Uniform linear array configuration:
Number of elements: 24
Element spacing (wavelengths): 1
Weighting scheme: hamming
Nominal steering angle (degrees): -30
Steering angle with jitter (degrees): -30.789
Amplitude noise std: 0.05
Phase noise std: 0.05

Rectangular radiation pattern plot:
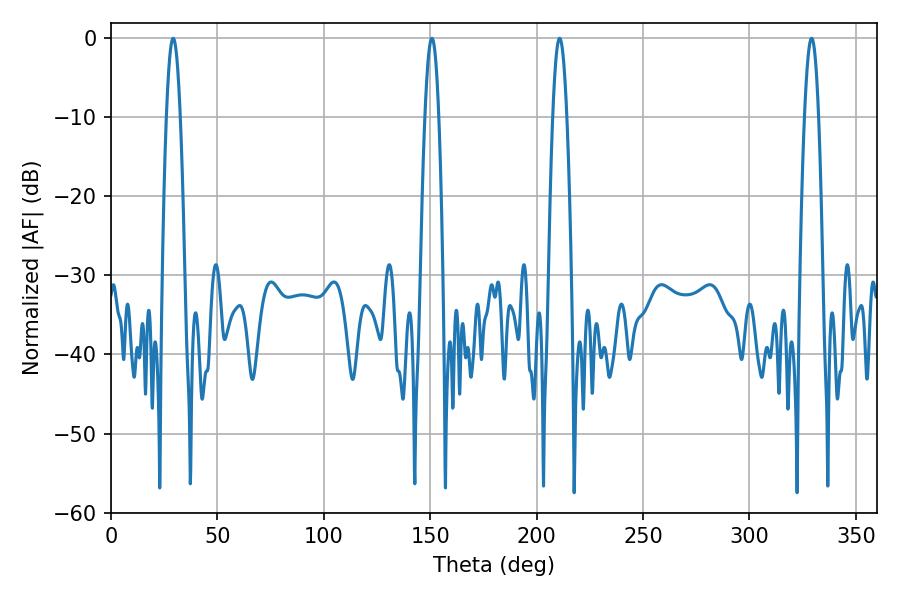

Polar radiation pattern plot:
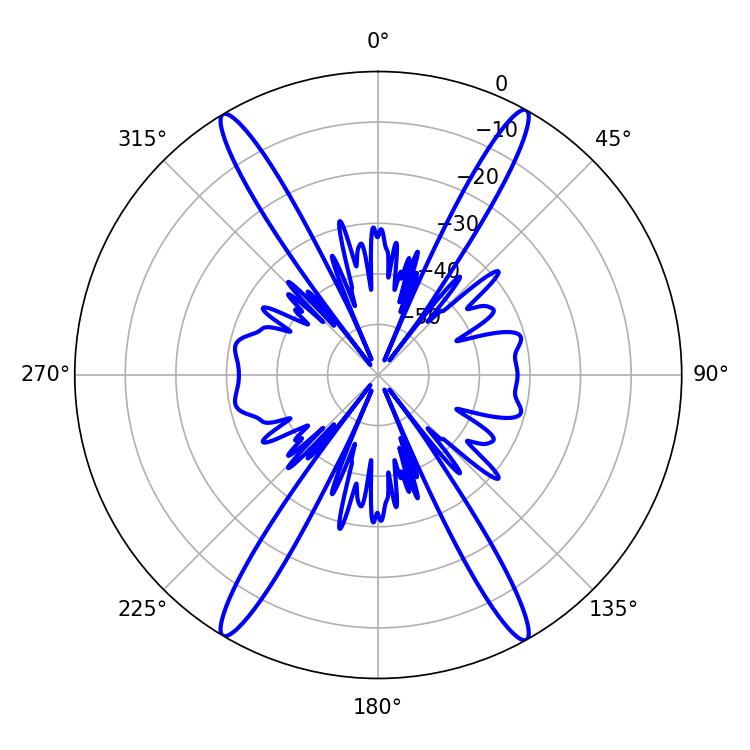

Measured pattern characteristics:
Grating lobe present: TRUE
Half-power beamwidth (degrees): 3.6
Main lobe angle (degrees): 210.78